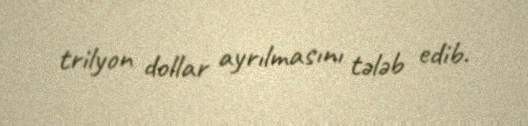
trilyon dollar ayrılmasını tələb edib.